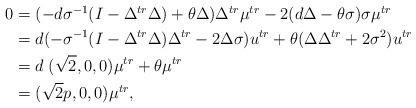
LaTeX: \begin{align*}\aligned0&=(-d\sigma^{-1}(I-\Delta^{tr}\Delta)+\theta\Delta)\Delta^{tr}\mu^{tr}-2(d\Delta-\theta\sigma)\sigma\mu^{tr}\\&=d(-\sigma^{-1}(I-\Delta^{tr}\Delta)\Delta^{tr}-2\Delta\sigma)u^{tr}+\theta(\Delta\Delta^{tr}+2\sigma^2)u^{tr}\\&=d\; (\sqrt{2},0,0)\mu^{tr}+\theta\mu^{tr}\\&=(\sqrt{2}p,0,0)\mu^{tr},\endaligned\end{align*}